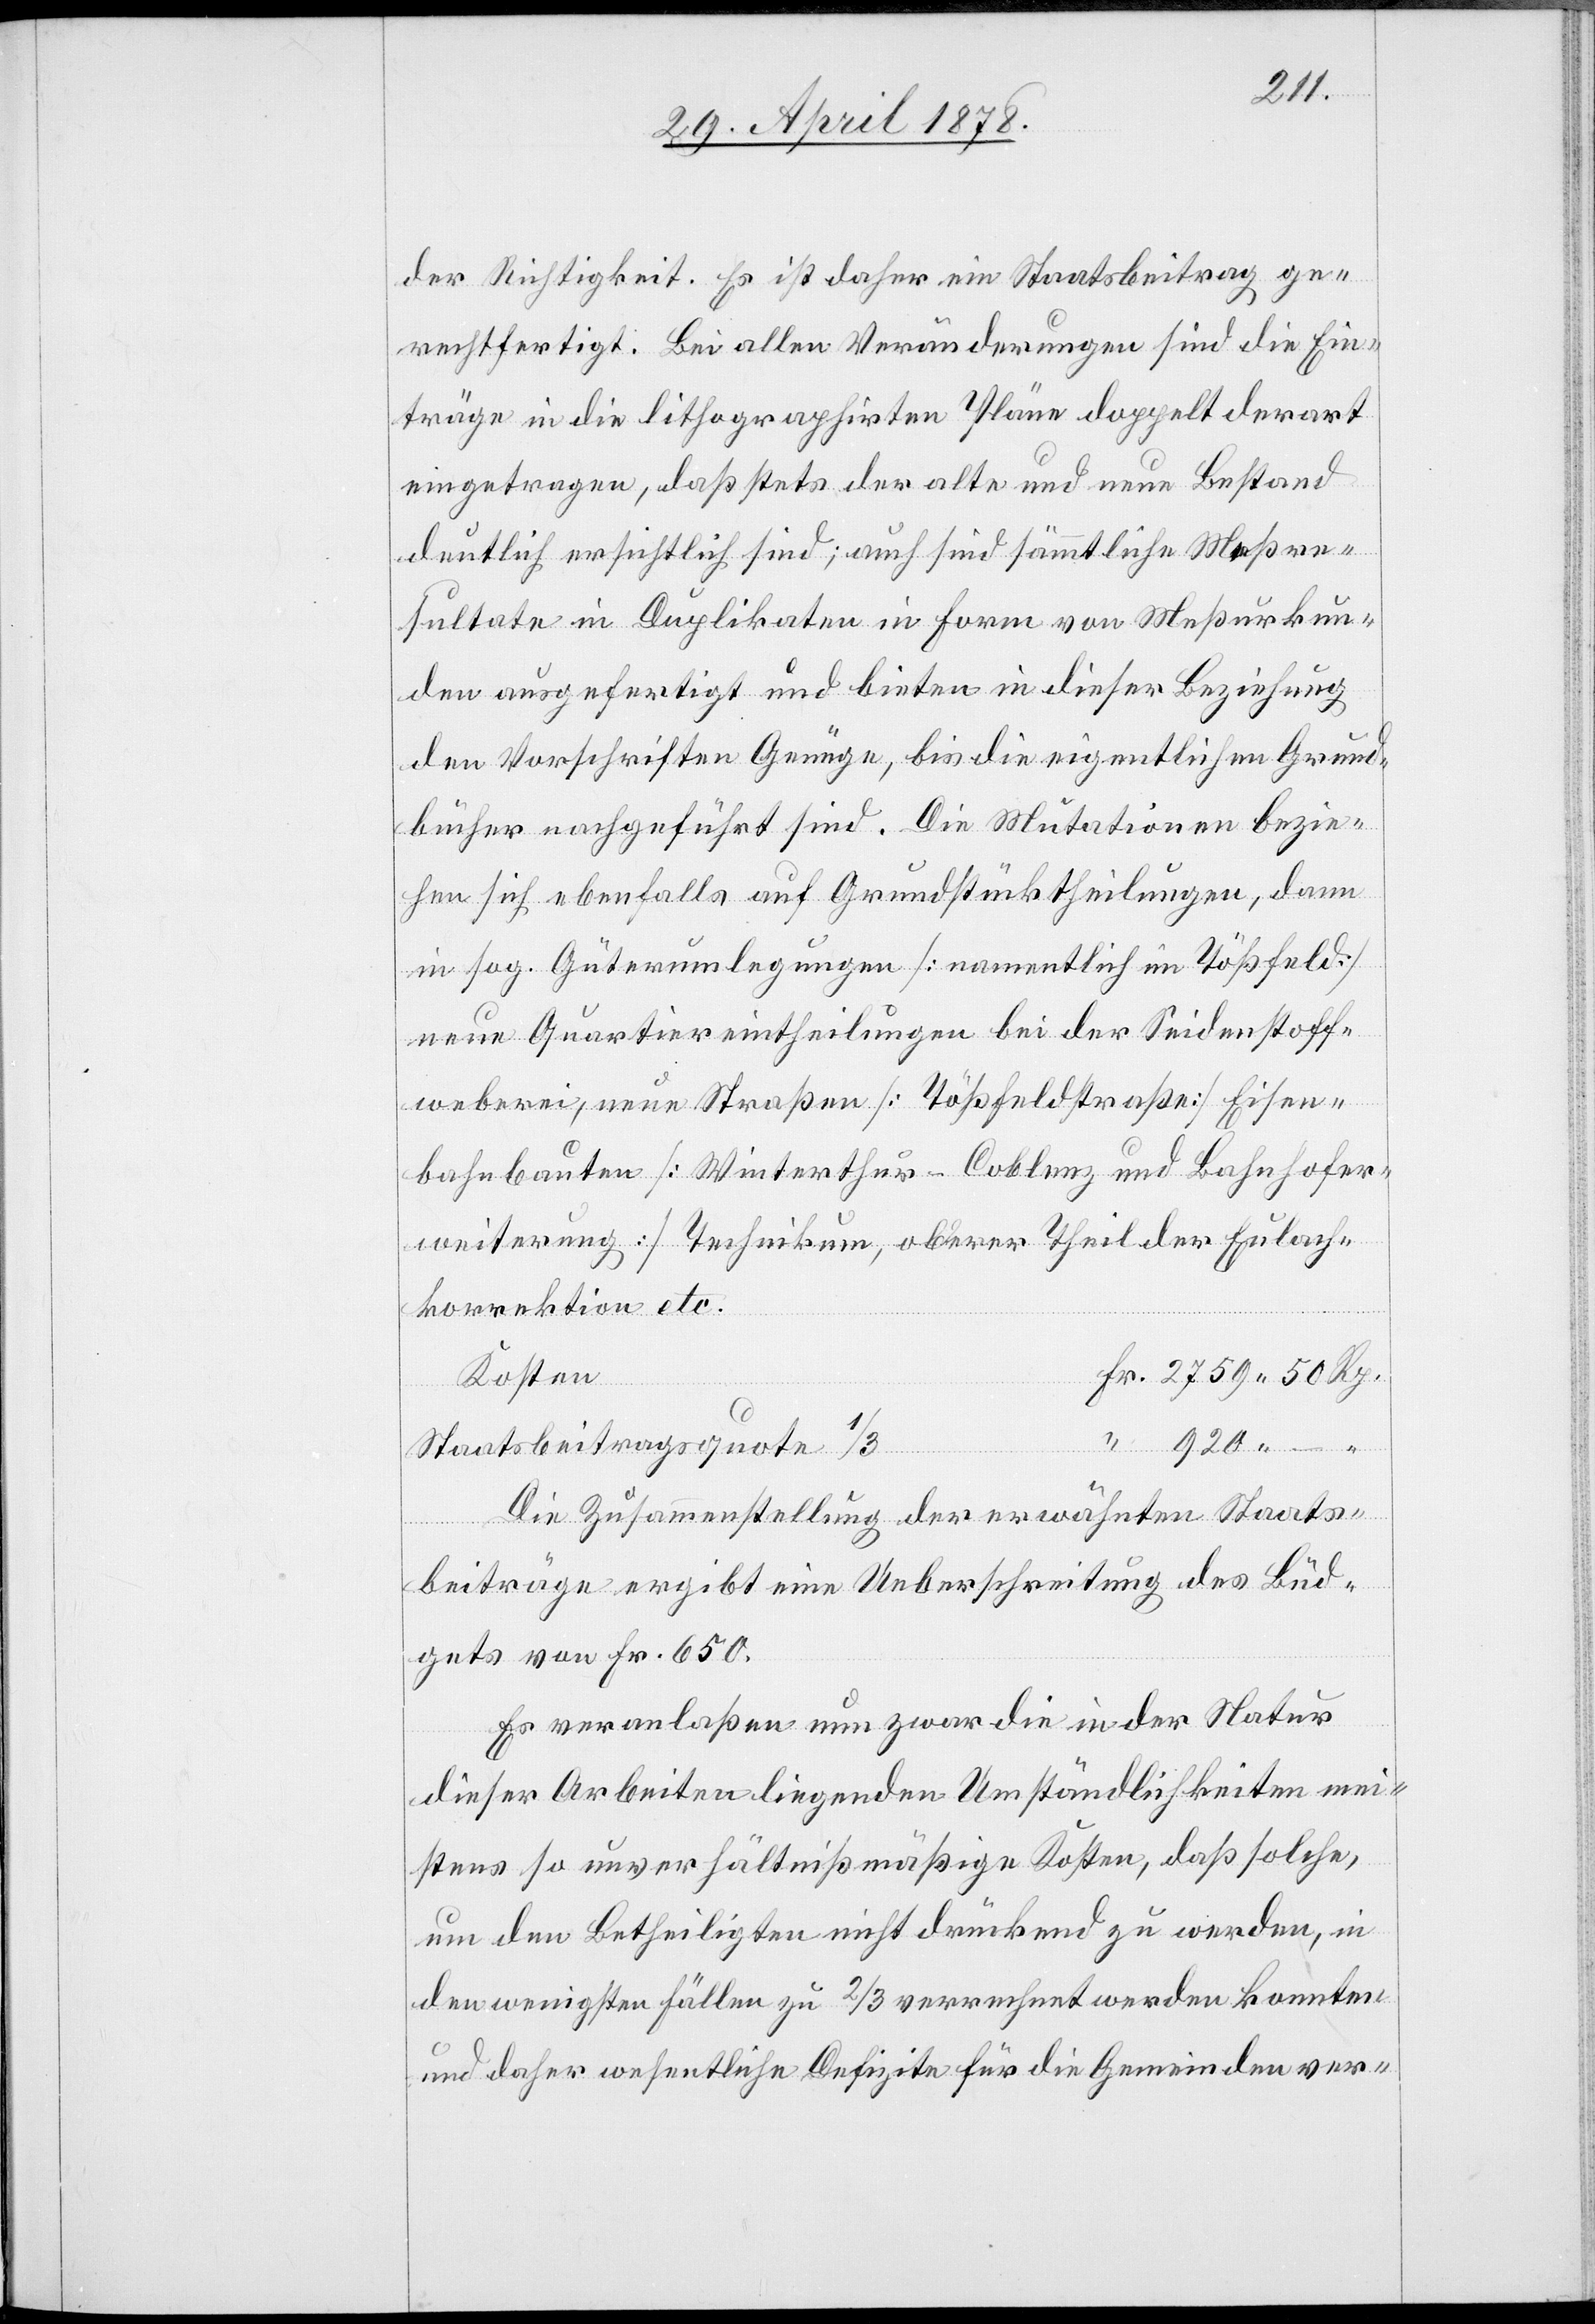
der Richtigkeit. Es ist daher ein Staatsbeitrag ge¬
rechtfertigt. Bei allen Veränderungen sind die Ein¬
träge in die lithographirten Pläne doppelt derart
eingetragen, daß stets der alte und neue Bestand
deutlich ersichtlich sind; auch sind sämmtliche Meßre¬
sultate in Duplikaten in Form von Meßurkun¬
den ausgefertigt und bieten in dieser Beziehung
den Vorschriften Genüge, bis die eigentlichen Grund¬
bücher nachgeführt sind. Die Mutationen bezie¬
hen sich ebenfalls auf Grundstücktheilungen, dann
in sog. Güterumlegungen [namentlich im Tößfeld]
neue Quartiereintheilungen bei der Seidenstoff¬
weberei, neue Straßen [Tößfeldstraße] Eisen¬
bahnbauten [Winterthur–Coblenz und Bahnhofer¬
weiterung] Technikum, oberer Theil der Eulach¬
korrektion etc.
Kosten
Staatsbeitragsquote 1/3
Die Zusammenstellung der erwähnten Staats¬
beiträge ergibt eine Ueberschreitung des Büd¬
gets von Fr. 650.
Es veranlaßen nun zwar die in der Natur
dieser Arbeiten liegenden Umständlichkeiten mei¬
stens so unverhältnißmäßige Kosten, daß solche,
um den Betheiligten nicht drückend zu werden, in
den wenigsten Fällen zu 2/3 verrechnet werden konnten
und daher wesentliche Defizite für die Gemeinden ver-